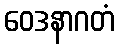
ဝေဒနာဂတံ